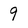
Character: 9